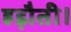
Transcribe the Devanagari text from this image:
हड़ौती।